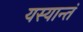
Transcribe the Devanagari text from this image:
यस्यान्तं